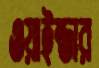
ওয়াইন্ডার